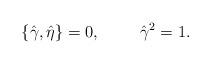
LaTeX: \begin{align*}\left \{\hat\gamma,\hat\eta\right \}=0, \hspace*{1cm} \hat\gamma^2=1.\end{align*}